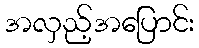
အလှည့်အပြောင်း